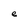
Character: e